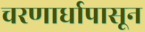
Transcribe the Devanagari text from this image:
चरणार्धापासून